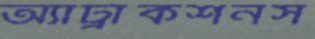
অ্যাট্রাকশনস